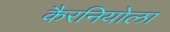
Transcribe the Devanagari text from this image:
कैरनियोला